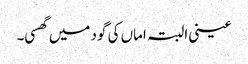
عینی البتہ اماں کی گود میں گھسی۔